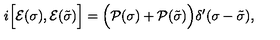
i \Bigl [ { \cal E } ( \sigma ) , { \cal E } ( \tilde { \sigma } ) \Bigr ] = \Bigl ( { \cal P } ( \sigma ) + { \cal P } ( \tilde { \sigma } ) \Bigr ) \delta ^ { \prime } ( \sigma - \tilde { \sigma } ) ,